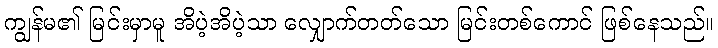
ကျွန်မ၏ မြင်းမှာမူ အိပဲ့အိပဲ့သာ လျှောက်တတ်သော မြင်းတစ်ကောင် ဖြစ်နေသည်။